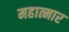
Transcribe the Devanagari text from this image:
महात्मार